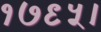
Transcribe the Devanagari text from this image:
१७९५।